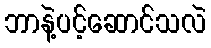
ဘာနဲ့ပင့်ဆောင်သလဲ